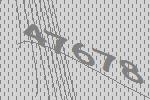
47678